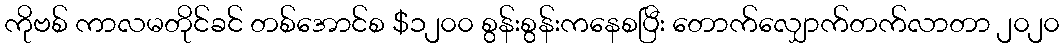
ကိုဗစ် ကာလမတိုင်ခင် တစ်အောင်စ $၁၂၀၀ စွန်းစွန်းကနေစပြီး တောက်လျှောက်တက်လာတာ ၂၀၂၀